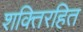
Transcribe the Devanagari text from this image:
शक्तिरहित